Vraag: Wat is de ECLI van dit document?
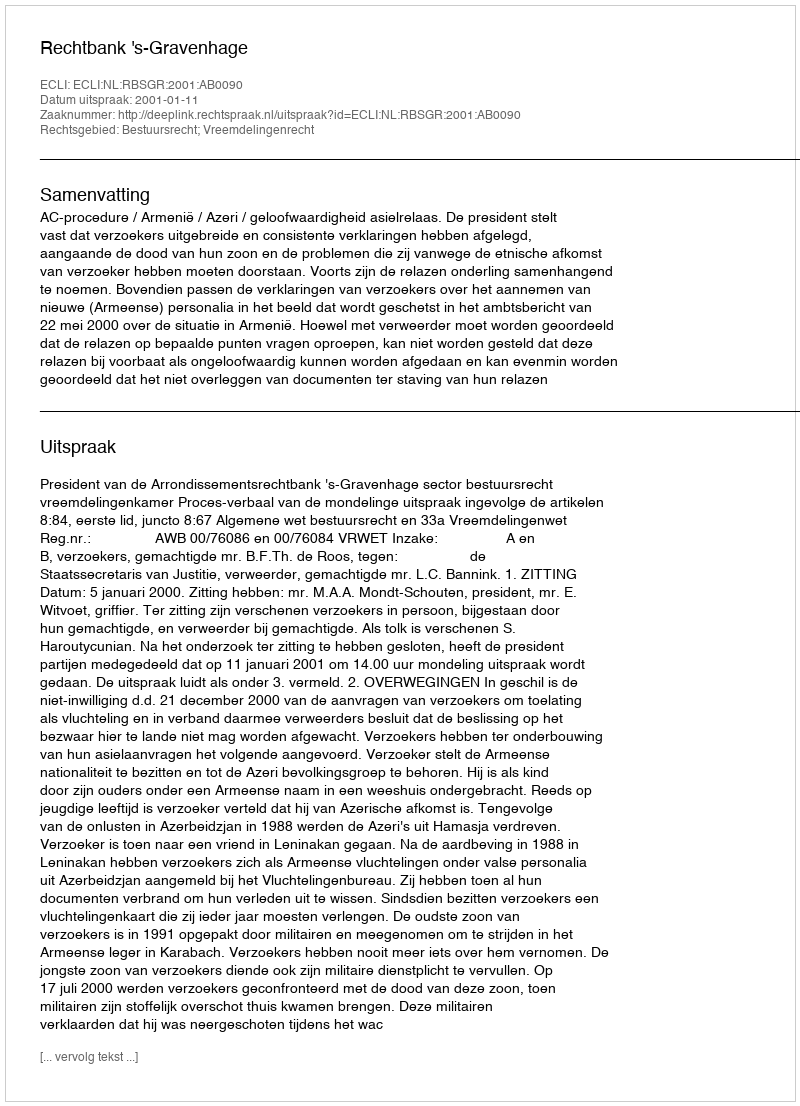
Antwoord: ECLI:NL:RBSGR:2001:AB0090